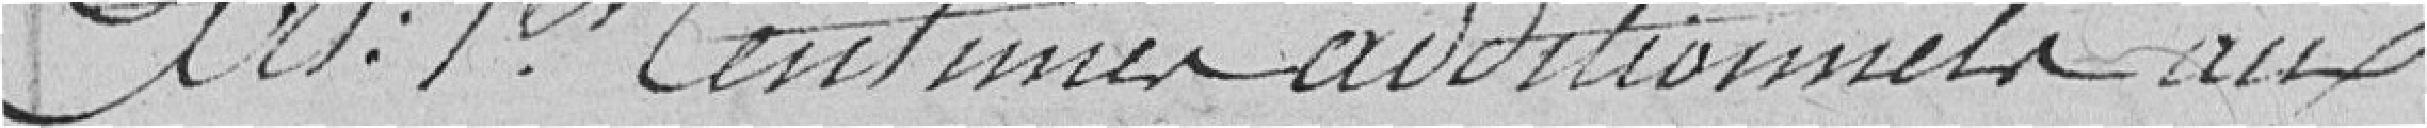
Article premier : centimes additionnels aux